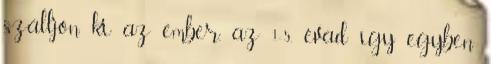
szálljon ki az ember, az 1-5. évad így egyben